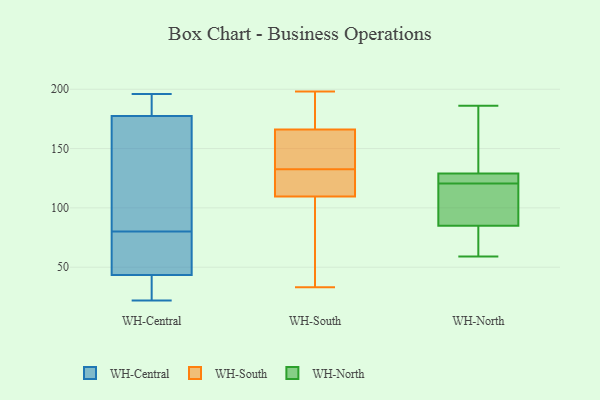
{"axis": {"x": "Humidity (%)", "y": "Value"}, "legend": ["WH-Central", "WH-North", "WH-South"], "data": [{"x": "", "y": 43, "type": "WH-Central"}, {"x": "", "y": 80, "type": "WH-Central"}, {"x": "", "y": 188, "type": "WH-Central"}, {"x": "", "y": 170, "type": "WH-Central"}, {"x": "", "y": 80, "type": "WH-Central"}, {"x": "", "y": 164, "type": "WH-Central"}, {"x": "", "y": 28, "type": "WH-Central"}, {"x": "", "y": 185, "type": "WH-Central"}, {"x": "", "y": 38, "type": "WH-Central"}, {"x": "", "y": 44, "type": "WH-Central"}, {"x": "", "y": 44, "type": "WH-Central"}, {"x": "", "y": 130, "type": "WH-Central"}, {"x": "", "y": 22, "type": "WH-Central"}, {"x": "", "y": 196, "type": "WH-Central"}, {"x": "", "y": 186, "type": "WH-Central"}, {"x": "", "y": 59, "type": "WH-Central"}, {"x": "", "y": 61, "type": "WH-South"}, {"x": "", "y": 167, "type": "WH-South"}, {"x": "", "y": 56, "type": "WH-South"}, {"x": "", "y": 110, "type": "WH-South"}, {"x": "", "y": 33, "type": "WH-South"}, {"x": "", "y": 128, "type": "WH-South"}, {"x": "", "y": 130, "type": "WH-South"}, {"x": "", "y": 165, "type": "WH-South"}, {"x": "", "y": 109, "type": "WH-South"}, {"x": "", "y": 198, "type": "WH-South"}, {"x": "", "y": 116, "type": "WH-South"}, {"x": "", "y": 177, "type": "WH-South"}, {"x": "", "y": 147, "type": "WH-South"}, {"x": "", "y": 135, "type": "WH-South"}, {"x": "", "y": 185, "type": "WH-South"}, {"x": "", "y": 150, "type": "WH-South"}, {"x": "", "y": 85, "type": "WH-North"}, {"x": "", "y": 59, "type": "WH-North"}, {"x": "", "y": 118, "type": "WH-North"}, {"x": "", "y": 150, "type": "WH-North"}, {"x": "", "y": 129, "type": "WH-North"}, {"x": "", "y": 186, "type": "WH-North"}, {"x": "", "y": 123, "type": "WH-North"}, {"x": "", "y": 105, "type": "WH-North"}, {"x": "", "y": 60, "type": "WH-North"}, {"x": "", "y": 123, "type": "WH-North"}]}